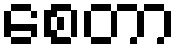
စေတာ